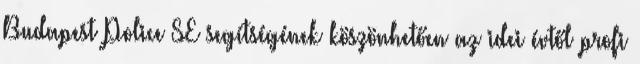
Budapest Police SE segítségének köszönhetően az idei évtől profi